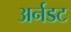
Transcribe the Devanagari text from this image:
अर्नडट